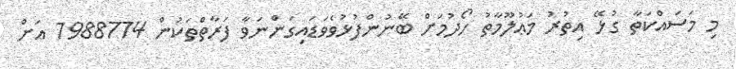
މި މަސައްކަތާ ގުޅޭ އިތުރު މަޢުލޫމާތު ހޯދުމަށް ބޭނުންފުޅުވެވަޑައިގަންނަވާ ފަރާތްތަކުން 7988774 އަށް